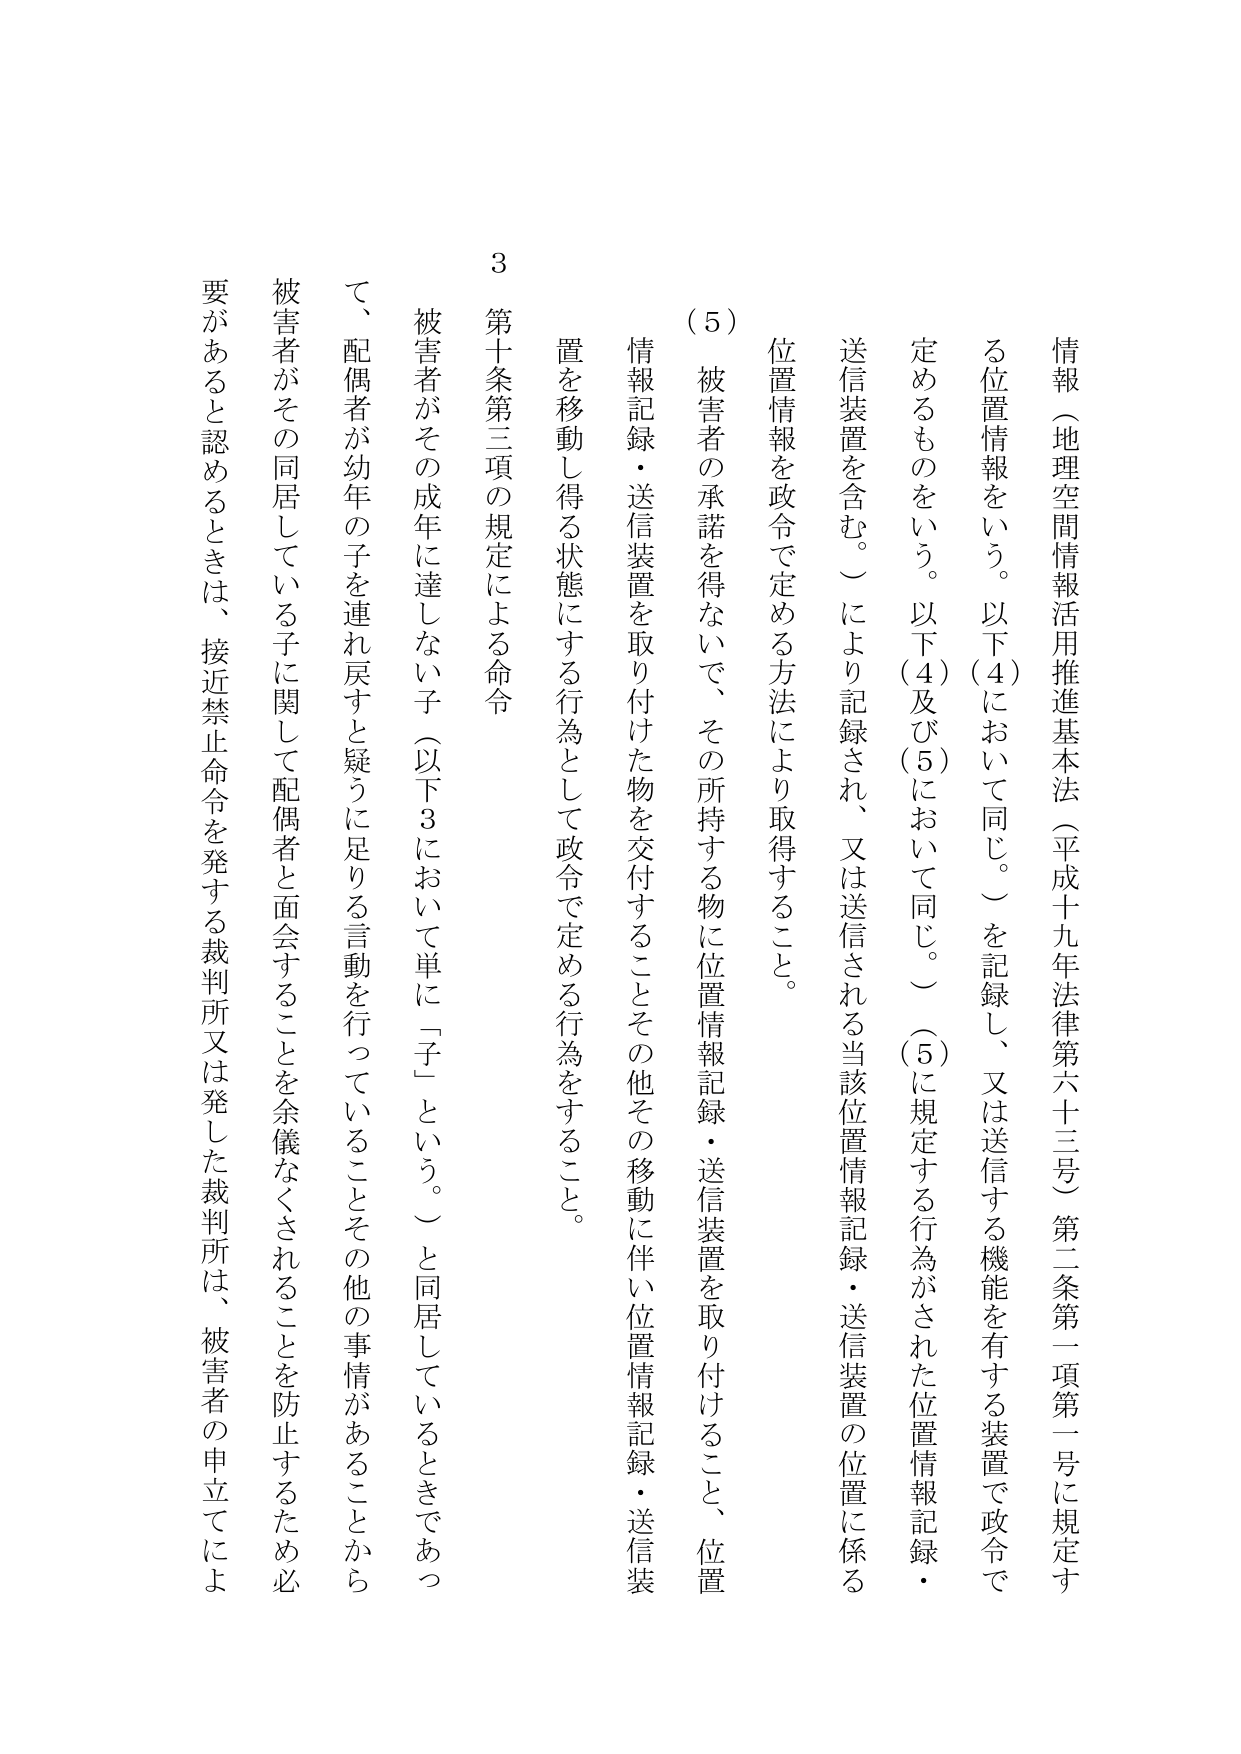
情報（地理空間情報活用推進基本法（平成十九年法律第六十三号）第二条第一項第一号に規定する位置情報をいう。以下（4）において同じ。）を記録し、又は送信する機能を有する装置で政令で定めるものをいう。以下（4）及び（5）において同じ。）（5）に規定する行為がされた位置情報記録・送信装置を含む。）により記録され、又は送信される当該位置情報記録・送信装置の位置に係る位置情報を政令で定める方法により取得すること。

（5）被害者の承諾を得ないで、その所持する物に位置情報記録・送信装置を取り付けること、位置情報記録・送信装置を取り付けた物を交付することその他その移動に伴い位置情報記録・送信装置を移動し得る状態にする行為として政令で定める行為をすること。

3 第十条第三項の規定による命令
被害者がその成年に達しない子（以下3において単に「子」という。）と同居しているときであって、配偶者が幼年の子を連れ戻すと疑うに足りる言動を行っていることその他の事情があることから被害者がその同居している子に関して配偶者と面会することを余儀なくされることを防止するため必要があると認めるときは、接近禁止命令を発する裁判所又は発した裁判所は、被害者の申立てによ